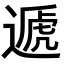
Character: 遞